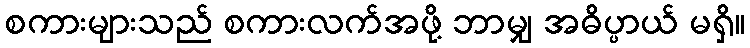
စကားများသည် စကားလက်အဖို့ ဘာမျှ အဓိပ္ပာယ် မရှိ။